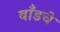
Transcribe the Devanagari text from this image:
बाँडचे